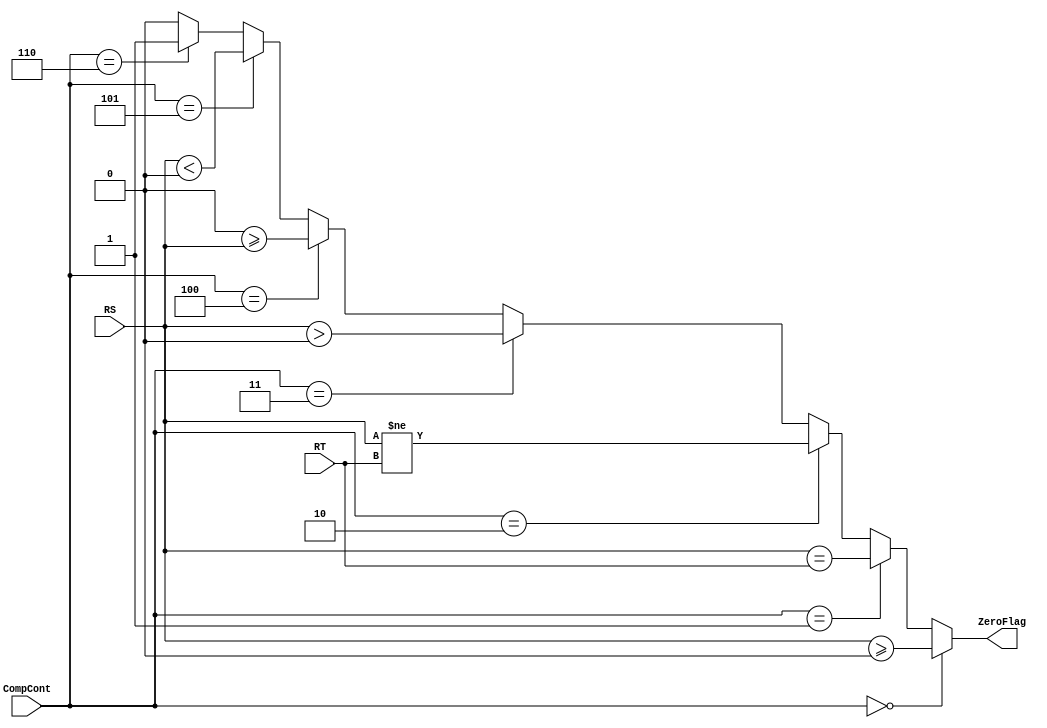
`timescale 1ns / 1ps
//////////////////////////////////////////////////////////////////////////////////
// Company: 
// Engineer: 
// 
// Design Name: 
// Module Name: BranchComp
// Project Name: 
// Target Devices: 
// Tool Versions: 
// Description: 
// 
// Dependencies: 
// 
// Revision:
// Revision 0.01 - File Created
// Additional Comments:
// 
//////////////////////////////////////////////////////////////////////////////////


module BranchComp(
   CompCont,
   RS,
   RT,
   ZeroFlag 
    
    );
    
    input [2:0] CompCont;
    input [31:0] RS;
    input [31:0] RT;
    output reg ZeroFlag;
    
    initial begin
    
    ZeroFlag <=0 ;
    
    end
    
    always @(*)begin
        
        ZeroFlag <=0;
        
        if(CompCont == 3'b000)begin //BGEZ
            ZeroFlag <= ($signed(RS)>=0);
        end
        else if(CompCont == 3'b001) begin //BEQ
            ZeroFlag <= ($signed(RS)==$signed(RT));
        end
        else if(CompCont == 3'b010) begin // BNE
            ZeroFlag <= ($signed(RS)!=$signed(RT));
        end
        else if(CompCont == 3'b011) begin // BGTZ
            ZeroFlag <= ($signed(RS) > 0);
        end
        else if(CompCont == 3'b100) begin // BLEZ
            ZeroFlag <= (0>=$signed(RS));
        end
        else if(CompCont == 3'b101) begin // BLTZ
            ZeroFlag <= ($signed(RS)<0);
        end
        else if(CompCont == 3'b110) begin // J, JR, JAL
            ZeroFlag <= 1;
        end
    end
    
    
endmodule